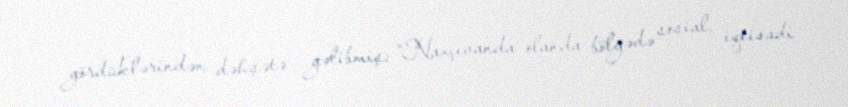
gördüklərindən dəhşətə gəlibmiş: “Naxçıvanda olanda bölgədə sosial, iqtisadi